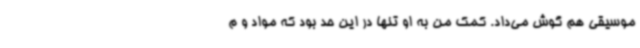
موسیقی هم گوش می‌داد. کمک من به او تنها در این حد بود که مواد و م